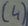
Text: (4)